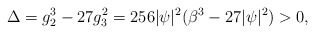
\begin{align*}\Delta=g_2^3-27 g_3^2=256 |\psi|^2 (\beta^3-27|\psi|^2)>0,\end{align*}